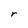
Character: r